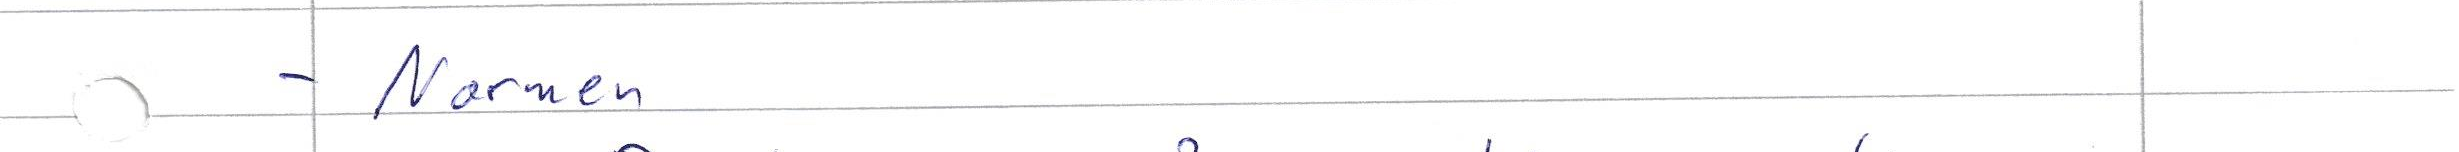
- Normen